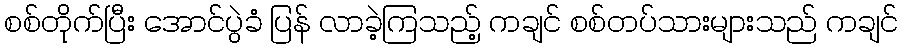
စစ်တိုက်ပြီး အောင်ပွဲခံ ပြန် လာခဲ့ကြသည့် ကချင် စစ်တပ်သားများသည် ကချင်